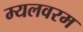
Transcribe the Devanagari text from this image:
म्यलवरम